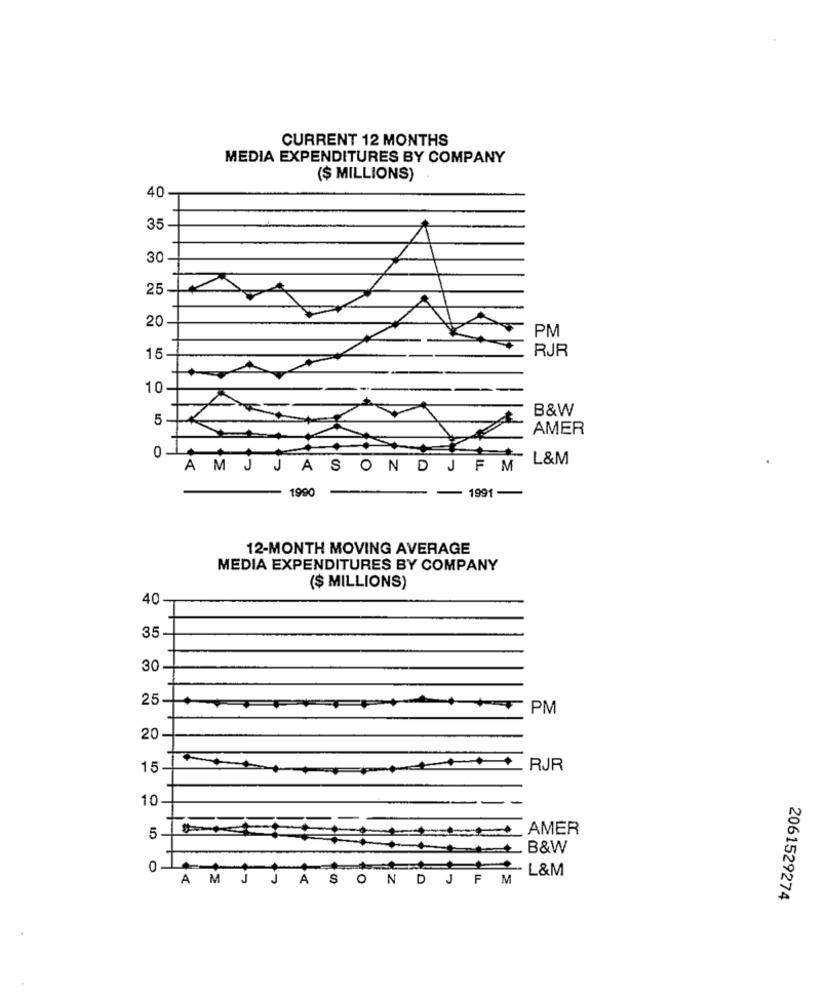
CURRENT 12 MONTHS
MEDIA EXPENDITURES BY COMPANY
($ MILLIONS)
40
35
30
25
20
PM
RJR
15
10
B&W
5
AMER
0
L&M
A MJ JASONDJFM
1990
1991 -
12-MONTH MOVING AVERAGE
MEDIA EXPENDITURES BY COMPANY
($ MILLIONS)
40
35
30
25
PM
20
15
RJR
10
5
AMER
_. B&W
0
L&M
AMJ JASON DJ FM
2061529274